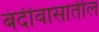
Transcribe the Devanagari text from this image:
बंदीवासातील